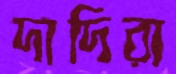
দাদিরা